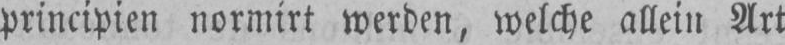
principien normirt werden, welche allein Art